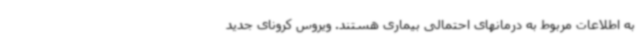
به اطلاعات مربوط به درمانهای احتمالی بیماری هستند. ویروس کرونای جدید